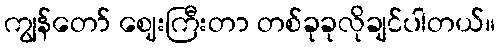
ကျွန်တော် ဈေးကြီးတာ တစ်ခုခုလိုချင်ပါတယ်။